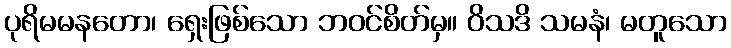
ပုရိမမနတော၊ ရှေးဖြစ်သော ဘဝင်စိတ်မှ။ ဝိသဒိ သမနံ၊ မတူသော